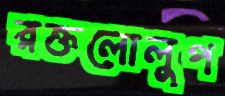
রক্তলোলুপ